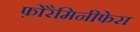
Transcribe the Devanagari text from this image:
फ़ोरैमिनीफेरा